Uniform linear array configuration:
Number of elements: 64
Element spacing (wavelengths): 0.25
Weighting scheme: uniform
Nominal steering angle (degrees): -45
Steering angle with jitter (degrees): -44.017
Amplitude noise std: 0.05
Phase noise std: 0.05

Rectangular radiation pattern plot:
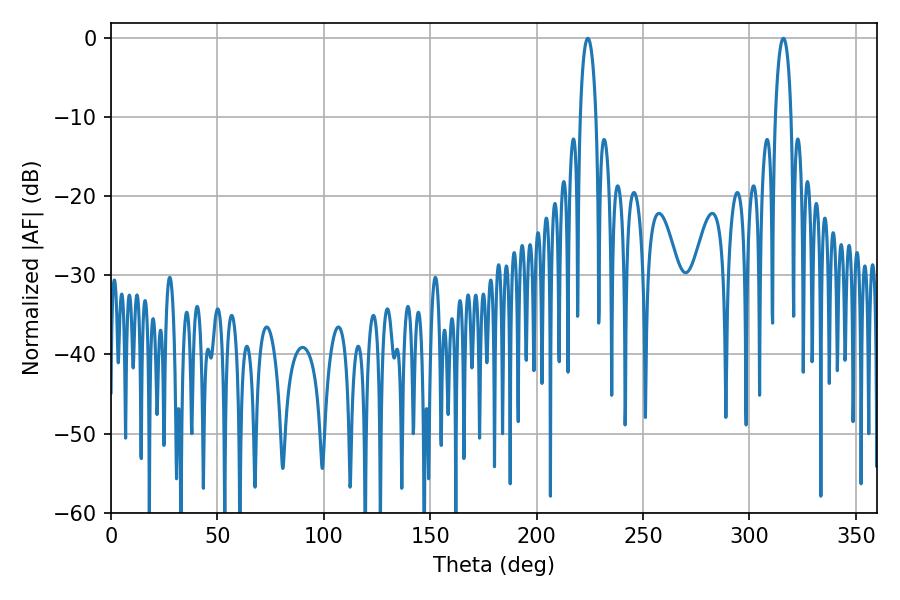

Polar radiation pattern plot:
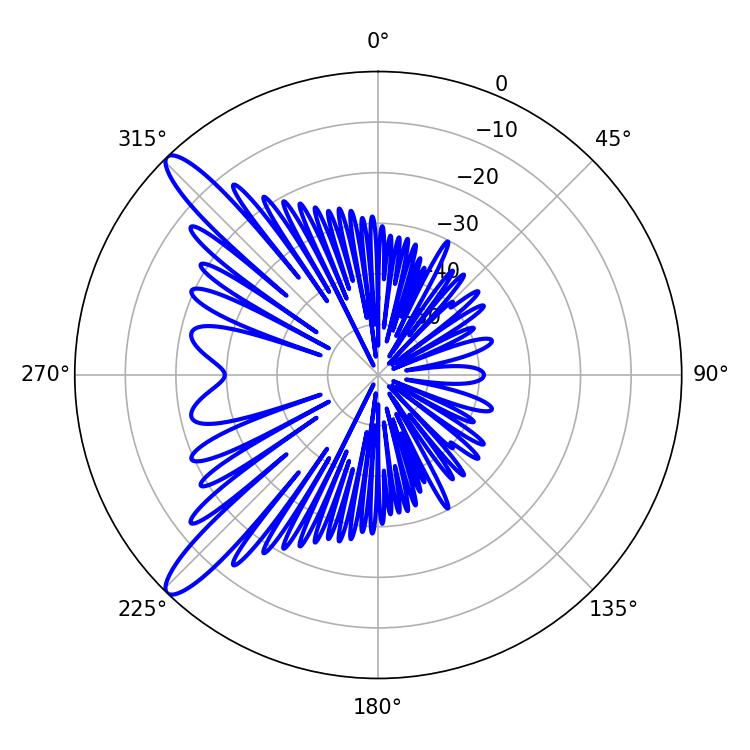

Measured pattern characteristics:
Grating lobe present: FALSE
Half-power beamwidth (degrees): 4.32
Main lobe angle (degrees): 224.1